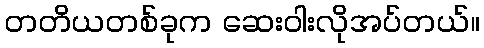
တတိယတစ်ခုက ဆေးဝါးလိုအပ်တယ်။